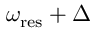
\omega _ { \mathrm { r e s } } + \Delta